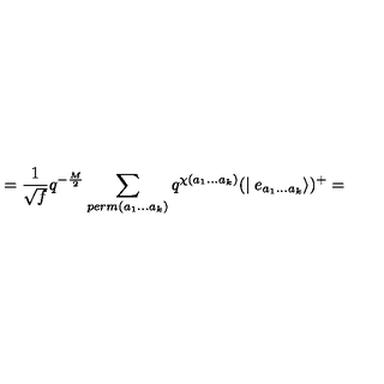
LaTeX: = \frac { 1 } { \sqrt { f } } q ^ { - \frac { M } { 2 } } \sum _ { p e r m ( a _ { 1 } . . . a _ { k } ) } q ^ { \chi ( a _ { 1 } . . . a _ { k } ) } ( \mid e _ { a _ { 1 } . . . a _ { k } } \rangle ) ^ { + } =